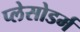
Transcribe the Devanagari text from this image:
प्लेसोडर्म